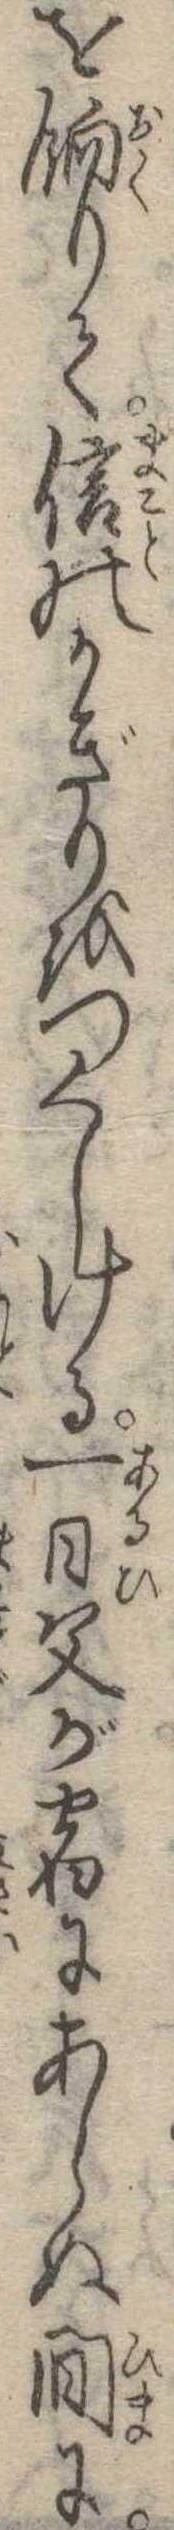
を餉りて信のかぎりをつくしける一日父が宿にあらぬ間に